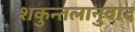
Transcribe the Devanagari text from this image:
शकुन्तलानुवाद